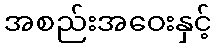
အစည်းအဝေးနှင့်